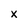
Character: x